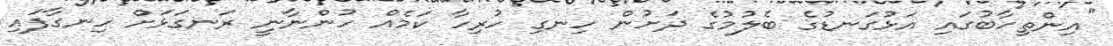
"އިންތިހާބުގައި އަޅުގަނޑުގެ ބެލުމުގެ ދަށުން ހިނގި ހުރިހާ ކަމެއް ހުންނާނީ ރަނގަޅަށް ހިނގާފައި